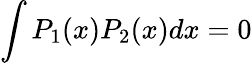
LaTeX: \int P_{1}(x)P_{2}(x)dx=0